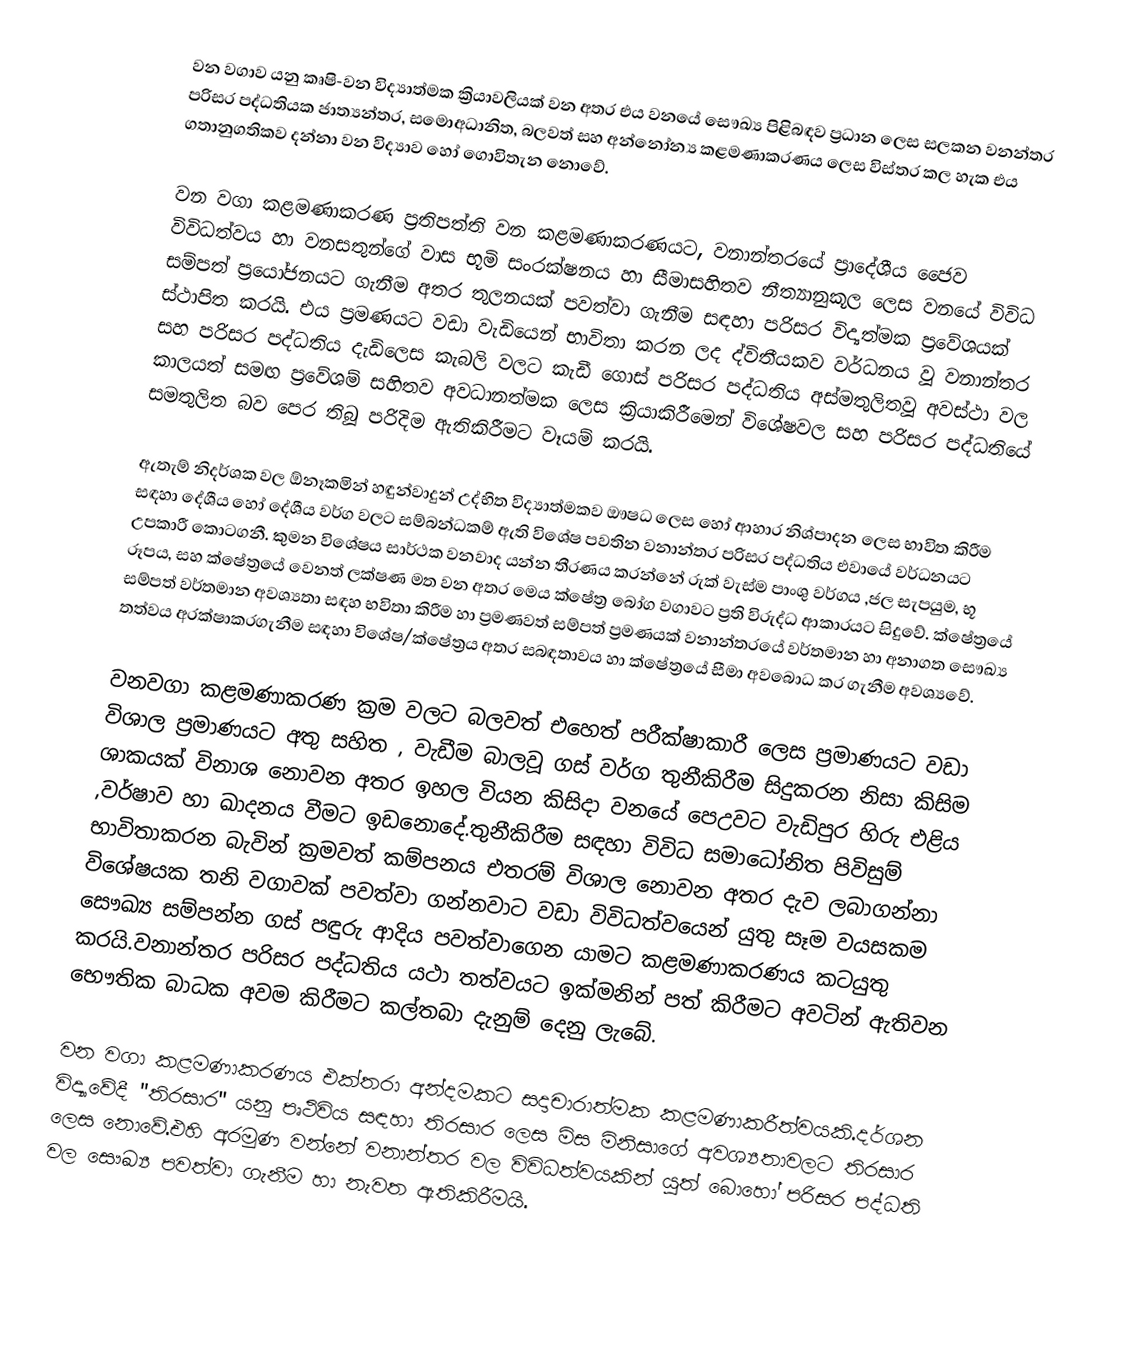
වන වගාව යනු කෘෂි-වන විද්‍යාත්මක ක්‍රියාවලියක් වන අතර  එය වනයේ සෞඛ්‍ය පිළිබඳව ප්‍රධාන ලෙස සලකන වනන්තර පරිසර පද්ධතියක ජාත්‍යන්තර, සමොඅධානිත, බලවත් සහ අන්නෝන්‍ය කළමණාකරණය ලෙස විස්තර කල හැක එය ගතානුගතිකව  දන්නා වන විද්‍යාව හෝ ගොවිතැන නොවේ.

වන වගා කළමණාකරණ ප්‍රතිපත්ති වන කළමණාකරණයට, වනාන්තරයේ ප්‍රාදේශීය ජෛව විවිධත්වය හා වනසතුන්ගේ වාස භූමි සංරක්ෂනය හා සීමාසහිතව නීත්‍යානුකූල ලෙස වනයේ විවිධ සම්පත් ප්‍රයෝජනයට ගැනීම අතර තුලනයක් පවත්වා ගැනීම සඳහා පරිසර විද්‍යත්මක ප්‍රවේශයක් ස්ථාපිත කරයි. එය ප්‍රමණයට වඩා වැඩියෙන් භාවිතා කරන ලද ද්විතීයකව වර්ධනය වූ වනාන්තර සහ පරිසර පද්ධතිය දැඩිලෙස කැබලි වලට කැඩී ගොස් පරිසර පද්ධතිය අස්මතුලිතවූ අවස්ථා වල කාලයත් සමඟ ප්‍රවේශම් සහිතව අවධානත්මක ලෙස ක්‍රියාකිරීමෙන් විශේෂවල සහ පරිසර පද්ධතියේ සමතුලිත බව පෙර තිබූ පරිදිම ඇතිකිරීමට වෑයම් කරයි.

ඇතැම් නිදර්ශක වල ඕනෑකමින් හඳුන්වාදුන්  උද්භිත විද්‍යාත්මකව ඖෂධ ලෙස හෝ  ආහාර නිශ්පාදන ලෙස භාවිත කිරීම සඳහා දේශීය හෝ  දේශීය වර්ග වලට සම්බන්ධකම් ඇති විශේෂ පවතින වනාන්තර පරිසර පද්ධතිය එවායේ වර්ධනයට උපකාරී කොටගනී. කුමන විශේෂය සාර්ථක වනවාද යන්න තීරණය කරන්නේ රුක් වැස්ම පාංශු වර්ගය ,ජල සැපයුම, භූ රූපය, සහ ක්ෂේත්‍රයේ වෙනත් ලක්ෂණ මත වන අතර මෙය ක්ෂේත්‍ර බෝග වගාවට ප්‍රති විරුද්ධ ආකාරයට සිදුවේ. ක්ෂේත්‍රයේ සම්පත් වර්තමාන අවශ්‍යතා සඳහ භවිතා කිරීම හා ප්‍රමණවත් සම්පත් ප්‍රමණයක්  වනාන්තරයේ වර්තමාන හා අනාගත සෞඛ්‍ය තත්වය අරක්ෂාකරගැනීම සඳහා විශේෂ/ක්ෂේත්‍රය අතර සබඳතාවය හා ක්ෂේත්‍රයේ සීමා අවබොධ කර ගැනීම අවශ්‍යවේ.

වනවගා කළමණාකරණ ක්‍රම වලට බලවත් එහෙත් පරීක්ෂාකාරී ලෙස ප්‍රමාණයට වඩා විශාල ප්‍රමාණයට  අතු සහිත , වැඩීම බාලවූ ගස් වර්ග තුනීකිරීම සිදුකරන නිසා කිසිම ශාකයක් විනාශ නොවන අතර ඉහල වියන කිසිදා වනයේ පෙඋවට වැඩිපුර හිරු එළිය ,වර්ෂාව හා ඛාදනය වීමට ඉඩනොදේ.තුනීකිරීම සඳහා විවිධ සමාධෝනිත පිවිසුම් භාවිතාකරන බැවින් ක්‍රමවත් කම්පනය එතරම් විශාල නොවන අතර දැව ලබාගන්නා විශේෂයක තනි වගාවක් පවත්වා ගන්නවාට වඩා විවිධත්වයෙන් යුතු සෑම වයසකම සෞඛ්‍ය සම්පන්න ගස් පඳුරු ආදිය පවත්වාගෙන යාමට කළමණාකරණය කටයුතු කරයි.වනාන්තර පරිසර පද්ධතිය යථා තත්වයට ඉක්මනින් පත් කිරීමට අවටින් ඇතිවන භෞතික බාධක අවම කිරීමට කල්තබා දැනුම් දෙනු ලැබේ.

වන වගා කළමණාකරණය එක්තරා අන්දමකට සදාචාරාත්මක කළමණාකරීත්වයකි.දර්ශන විද්‍යාවේදී "තිරසාර" යනු පෘථිවිය සඳහා තිරසාර ලෙස මිස මිනිසාගේ අවශ්‍යතාවලට තිරසාර ලෙස නොවේ.එහි අරමුණ වන්නේ වනාන්තර වල විවිධත්වයකින් යුත් බොහෝ  පරිසර පද්ධති වල සෞඛ්‍ය පවත්වා ගැනීම හා නැවත ඇතිකිරීමයි.